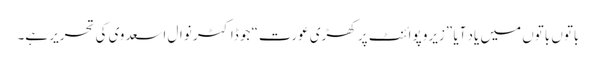
باتوں باتوں میں یاد آیا ”زیرو پوائنٹ پر کھڑی عورت“ جو ڈاکٹر نوال اسعدوی کی تحریر ہے۔